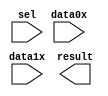
// megafunction wizard: %LPM_MUX%VBB%
// GENERATION: STANDARD
// VERSION: WM1.0
// MODULE: LPM_MUX 

// ============================================================
// Megafunction Name(s):
// 			LPM_MUX
//
// Simulation Library Files(s):
// 			lpm
// ============================================================
// ************************************************************
// THIS IS A WIZARD-GENERATED FILE. DO NOT EDIT THIS FILE!
//
// 13.0.1 Build 232 06/12/2013 SP 1 SJ Full Version
// ************************************************************

//Copyright (C) 1991-2013 Altera Corporation
//Your use of Altera Corporation's design tools, logic functions 
//and other software and tools, and its AMPP partner logic 
//functions, and any output files from any of the foregoing 
//(including device programming or simulation files), and any 
//associated documentation or information are expressly subject 
//to the terms and conditions of the Altera Program License 
//Subscription Agreement, Altera MegaCore Function License 
//Agreement, or other applicable license agreement, including, 
//without limitation, that your use is for the sole purpose of 
//programming logic devices manufactured by Altera and sold by 
//Altera or its authorized distributors.  Please refer to the 
//applicable agreement for further details.

module lpm_mux7 (
	data0x,
	data1x,
	sel,
	result);

	input	[29:0]  data0x;
	input	[29:0]  data1x;
	input	  sel;
	output	[29:0]  result;

endmodule

// ============================================================
// CNX file retrieval info
// ============================================================
// Retrieval info: PRIVATE: INTENDED_DEVICE_FAMILY STRING "Cyclone III"
// Retrieval info: PRIVATE: SYNTH_WRAPPER_GEN_POSTFIX STRING "0"
// Retrieval info: PRIVATE: new_diagram STRING "1"
// Retrieval info: LIBRARY: lpm lpm.lpm_components.all
// Retrieval info: CONSTANT: LPM_SIZE NUMERIC "2"
// Retrieval info: CONSTANT: LPM_TYPE STRING "LPM_MUX"
// Retrieval info: CONSTANT: LPM_WIDTH NUMERIC "30"
// Retrieval info: CONSTANT: LPM_WIDTHS NUMERIC "1"
// Retrieval info: USED_PORT: data0x 0 0 30 0 INPUT NODEFVAL "data0x[29..0]"
// Retrieval info: USED_PORT: data1x 0 0 30 0 INPUT NODEFVAL "data1x[29..0]"
// Retrieval info: USED_PORT: result 0 0 30 0 OUTPUT NODEFVAL "result[29..0]"
// Retrieval info: USED_PORT: sel 0 0 0 0 INPUT NODEFVAL "sel"
// Retrieval info: CONNECT: @data 0 0 30 0 data0x 0 0 30 0
// Retrieval info: CONNECT: @data 0 0 30 30 data1x 0 0 30 0
// Retrieval info: CONNECT: @sel 0 0 1 0 sel 0 0 0 0
// Retrieval info: CONNECT: result 0 0 30 0 @result 0 0 30 0
// Retrieval info: GEN_FILE: TYPE_NORMAL lpm_mux7.v TRUE
// Retrieval info: GEN_FILE: TYPE_NORMAL lpm_mux7.inc FALSE
// Retrieval info: GEN_FILE: TYPE_NORMAL lpm_mux7.cmp FALSE
// Retrieval info: GEN_FILE: TYPE_NORMAL lpm_mux7.bsf TRUE FALSE
// Retrieval info: GEN_FILE: TYPE_NORMAL lpm_mux7_inst.v FALSE
// Retrieval info: GEN_FILE: TYPE_NORMAL lpm_mux7_bb.v TRUE
// Retrieval info: LIB_FILE: lpm